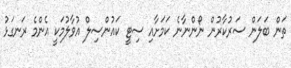
ތަން ބަލަން ސަރުކާރުން ނޯންނާނެ ކަމަށާއި ސިޓީ ކައުންސިލް އުވާލުމަކީ އެންމެ ރަނގަޅު